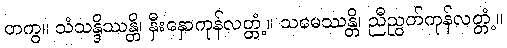
တကွ။ သံသန္ဒိဿန္တိ၊ နှီးနှောကုန်လတ္တံ့။ သမေဿန္တိ၊ ညီညွတ်ကုန်လတ္တံ့။